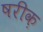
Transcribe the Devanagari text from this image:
षरीक़